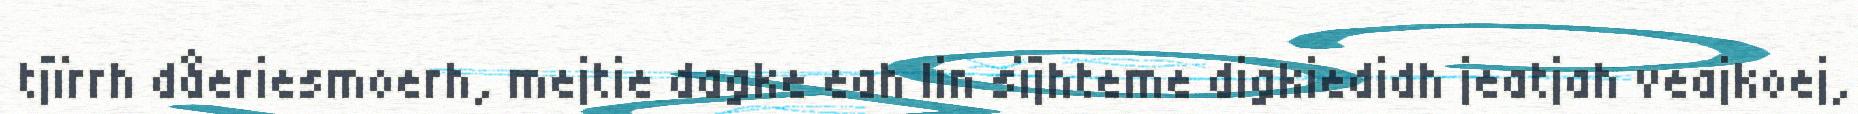
tjïrrh dåeriesmoerh, mejtie dagke eah lin sïjhteme digkiedidh jeatjah veajkoej,